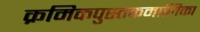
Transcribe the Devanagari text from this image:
क्रमिकपुस्तकमालिका